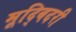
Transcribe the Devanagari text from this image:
मूद्बिदरी